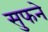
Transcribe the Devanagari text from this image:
सुफने